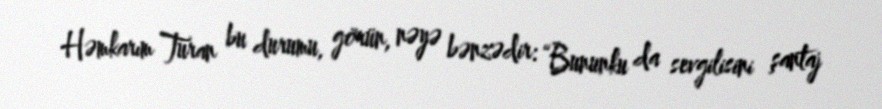
Həmkarım Turan bu durumu, görün, nəyə bənzədir: “Bununku da sevgilisini şantaj